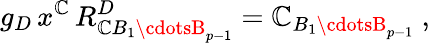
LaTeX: g_{D}\, x^{\mathbb{C}}\, R_{\mathbb{C}B_{1}\cdotsB_{p-1}}^{D}=\mathbb{C}_{B_{1}\cdotsB_{p-1}}\ ,